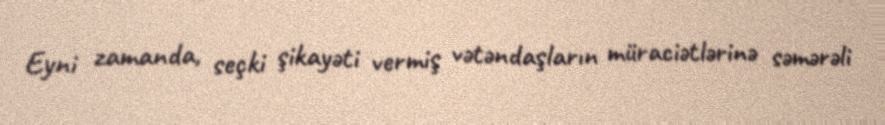
Eyni zamanda, seçki şikayəti vermiş vətəndaşların müraciətlərinə səmərəli